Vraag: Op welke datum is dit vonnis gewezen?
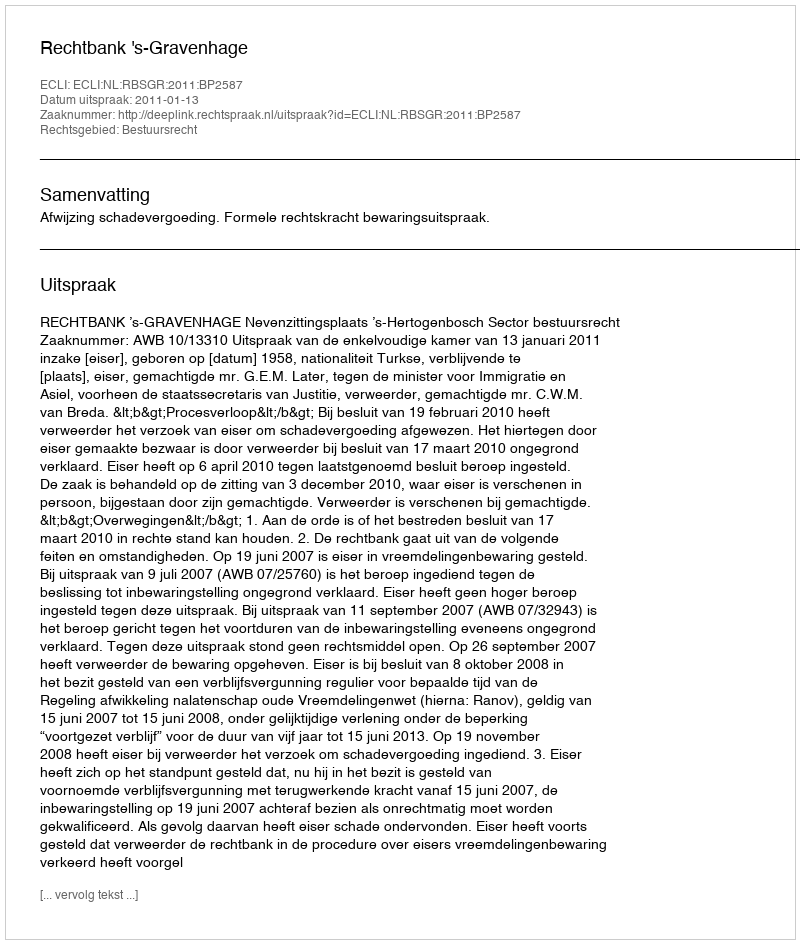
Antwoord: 2011-01-13